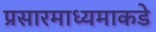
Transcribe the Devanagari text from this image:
प्रसारमाध्यमाकडे